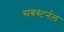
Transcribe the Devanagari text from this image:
सबस्टर्नल